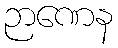
ဉာဏေန